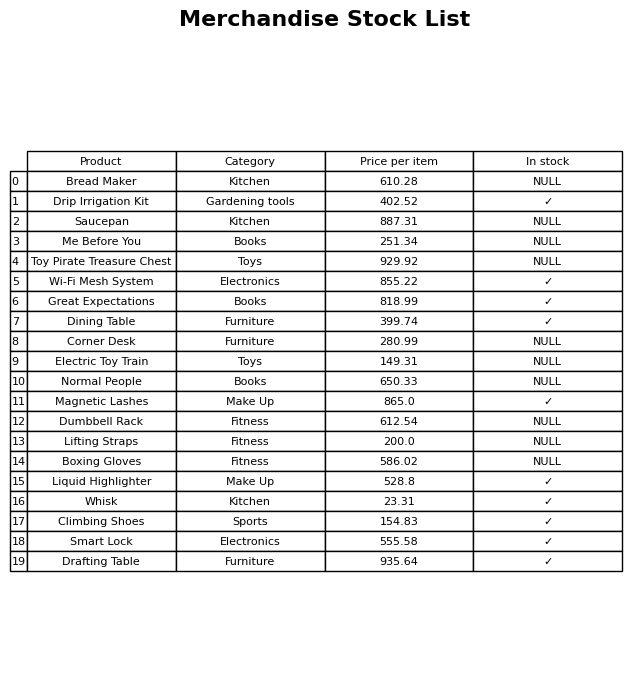
question: Which products are currently out of stock?
answer: Bread Maker, Saucepan, Me Before You, Toy Pirate Treasure Chest, Corner Desk, Electric Toy Train, Normal People, Dumbbell Rack, Lifting Straps, Boxing Gloves